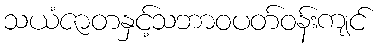
သယံဇာတနှင့်သဘာဝပတ်ဝန်းကျင်